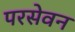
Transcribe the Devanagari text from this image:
परसेवन